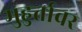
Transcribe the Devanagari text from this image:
मुहुर्तावर